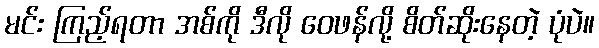
မင်း ကြည့်ရတာ အစ်ကို ဒီလို ဝေဖန်လို့ စိတ်ဆိုးနေတဲ့ ပုံပဲ။